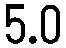
5.0